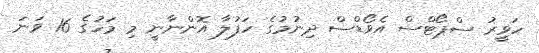
ހަވީރު ސްޕޯޓްސް އެވޯޑްސް ދިނުމުގެ ހަފުލާ އޮޮޮންނާނީ މި މަހުގެ 16 ވަނަ